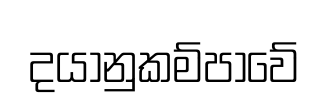
දයානුකම්පාවේ